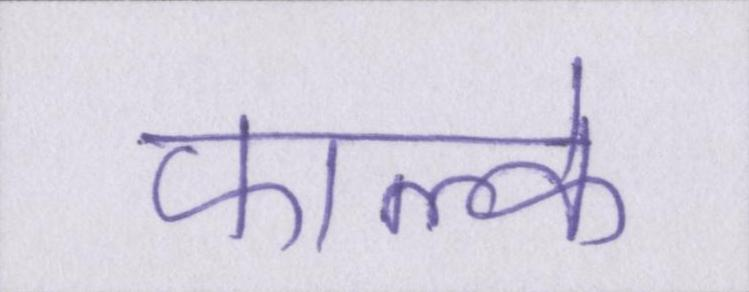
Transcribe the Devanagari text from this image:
फाल्के